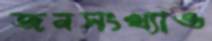
জনসংখ্যাও